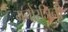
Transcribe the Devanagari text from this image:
मनोरंजिनी